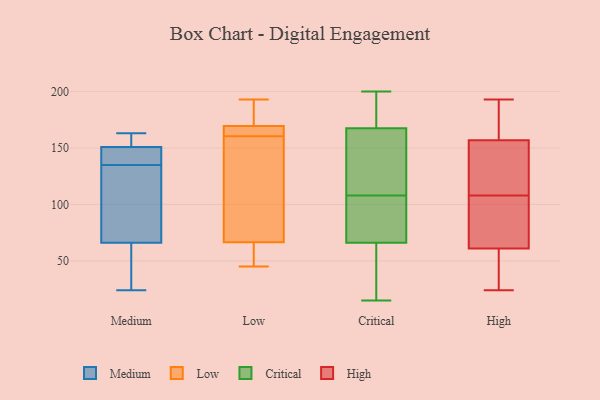
{"axis": {"x": "Bounce Rate (%)", "y": "Value"}, "legend": ["Critical", "High", "Low", "Medium"], "data": [{"x": "", "y": 136, "type": "Medium"}, {"x": "", "y": 37, "type": "Medium"}, {"x": "", "y": 108, "type": "Medium"}, {"x": "", "y": 66, "type": "Medium"}, {"x": "", "y": 151, "type": "Medium"}, {"x": "", "y": 24, "type": "Medium"}, {"x": "", "y": 134, "type": "Medium"}, {"x": "", "y": 162, "type": "Medium"}, {"x": "", "y": 163, "type": "Medium"}, {"x": "", "y": 145, "type": "Medium"}, {"x": "", "y": 167, "type": "Low"}, {"x": "", "y": 193, "type": "Low"}, {"x": "", "y": 81, "type": "Low"}, {"x": "", "y": 52, "type": "Low"}, {"x": "", "y": 161, "type": "Low"}, {"x": "", "y": 45, "type": "Low"}, {"x": "", "y": 47, "type": "Low"}, {"x": "", "y": 176, "type": "Low"}, {"x": "", "y": 172, "type": "Low"}, {"x": "", "y": 160, "type": "Low"}, {"x": "", "y": 102, "type": "Low"}, {"x": "", "y": 167, "type": "Low"}, {"x": "", "y": 200, "type": "Critical"}, {"x": "", "y": 157, "type": "Critical"}, {"x": "", "y": 178, "type": "Critical"}, {"x": "", "y": 145, "type": "Critical"}, {"x": "", "y": 66, "type": "Critical"}, {"x": "", "y": 187, "type": "Critical"}, {"x": "", "y": 87, "type": "Critical"}, {"x": "", "y": 97, "type": "Critical"}, {"x": "", "y": 48, "type": "Critical"}, {"x": "", "y": 15, "type": "Critical"}, {"x": "", "y": 87, "type": "Critical"}, {"x": "", "y": 17, "type": "Critical"}, {"x": "", "y": 119, "type": "Critical"}, {"x": "", "y": 191, "type": "Critical"}, {"x": "", "y": 66, "type": "Critical"}, {"x": "", "y": 136, "type": "Critical"}, {"x": "", "y": 31, "type": "High"}, {"x": "", "y": 160, "type": "High"}, {"x": "", "y": 170, "type": "High"}, {"x": "", "y": 108, "type": "High"}, {"x": "", "y": 81, "type": "High"}, {"x": "", "y": 24, "type": "High"}, {"x": "", "y": 67, "type": "High"}, {"x": "", "y": 148, "type": "High"}, {"x": "", "y": 59, "type": "High"}, {"x": "", "y": 144, "type": "High"}, {"x": "", "y": 193, "type": "High"}]}